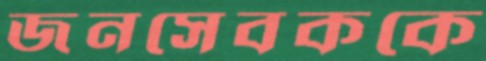
জনসেবককে